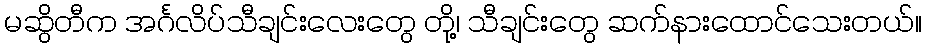
မဆွိတီက အင်္ဂလိပ်သီချင်းလေးတွေ တို့၊ သီချင်းတွေ ဆက်နားထောင်သေးတယ်။